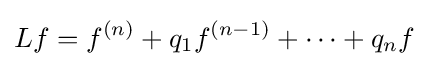
Lf=f^{(n)}+q_{1}f^{(n-1)}+\cdots +q_{n}f